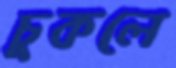
চুকলে